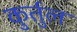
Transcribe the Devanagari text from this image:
कुर्तुल